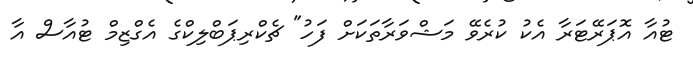
ޓުއާ އޮޕަރޭޓަރާ އެކު ކުރެވޭ މަޝްވަރާތަކަށް ފަހު" ޗެކްރިޕަބްލިކްގެ އެގްޒިމް ޓުއާސް އާ